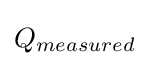
Q_{measured}